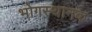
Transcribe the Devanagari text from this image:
भोगस्थानक